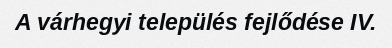
A várhegyi település fejlődése IV.